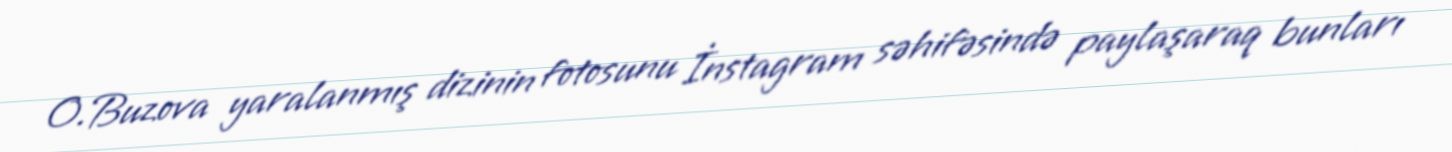
O.Buzova yaralanmış dizinin fotosunu İnstagram səhifəsində paylaşaraq bunları